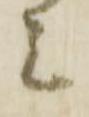
ミ